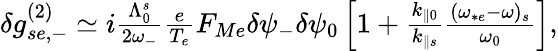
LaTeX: \begin{array}{r}{\delta g_{se,-}^{(2)}\simeq i\frac{\Lambda_{0}^{s}}{2\omega_{-}}\frac{e}{T_{e}}F_{Me}\delta\psi_{-}\delta\psi_{0}\left[1+\frac{k_{\parallel 0}}{k_{\parallel s}}\frac{(\omega_{*e}-\omega)_{s}}{\omega_{0}}\right],}\end{array}